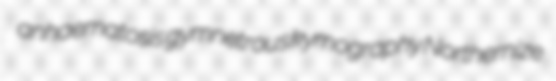
anhaematosis gymnetrous kymography Northernize